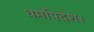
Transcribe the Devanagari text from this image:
धर्मोपदेश।